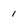
Character: I